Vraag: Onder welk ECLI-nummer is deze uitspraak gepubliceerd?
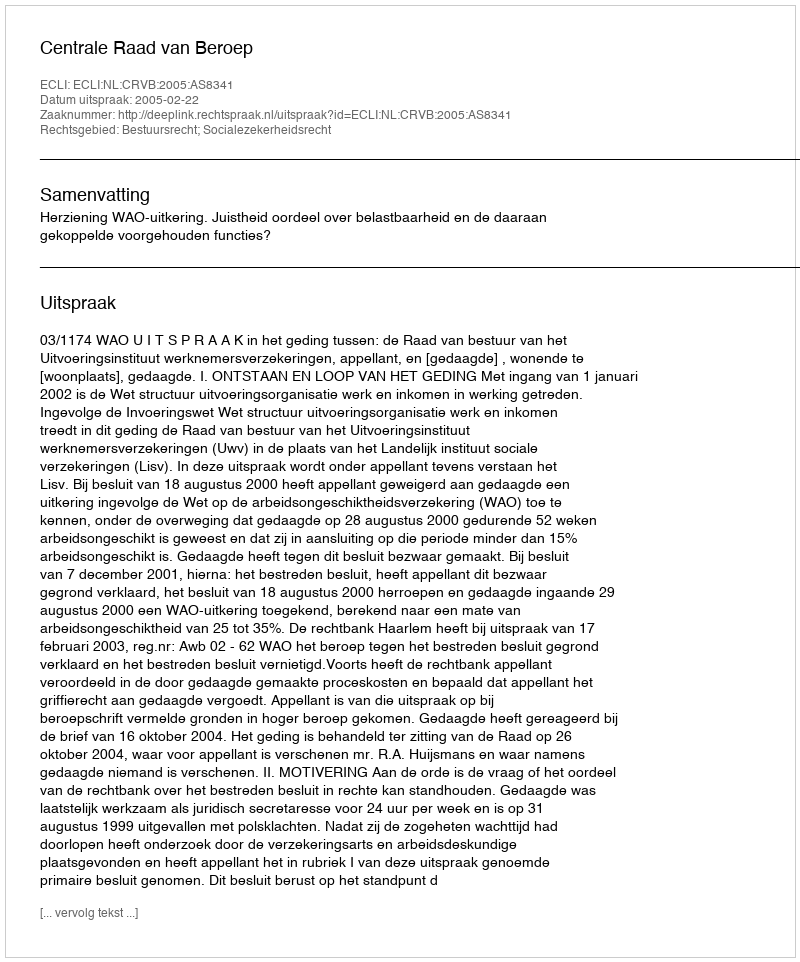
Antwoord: ECLI:NL:CRVB:2005:AS8341